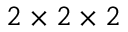
2 \times 2 \times 2